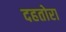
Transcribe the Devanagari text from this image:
दहतोरा